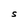
Character: S